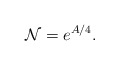
\begin{align*}{\cal N} = e^{A/4}.\end{align*}